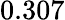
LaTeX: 0.307